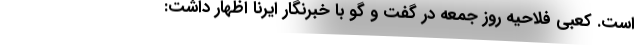
است. کعبی فلاحیه روز جمعه در گفت و گو با خبرنگار ایرنا اظهار داشت: